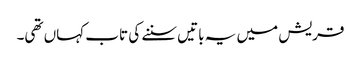
قریش میں یہ باتیں سننے کی تاب کہاں تھی۔